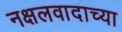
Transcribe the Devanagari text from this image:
नक्षलवादाच्या